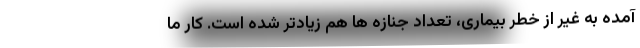
آمده به غیر از خطر بیماری، تعداد جنازه ها هم زیادتر شده است. کار ما